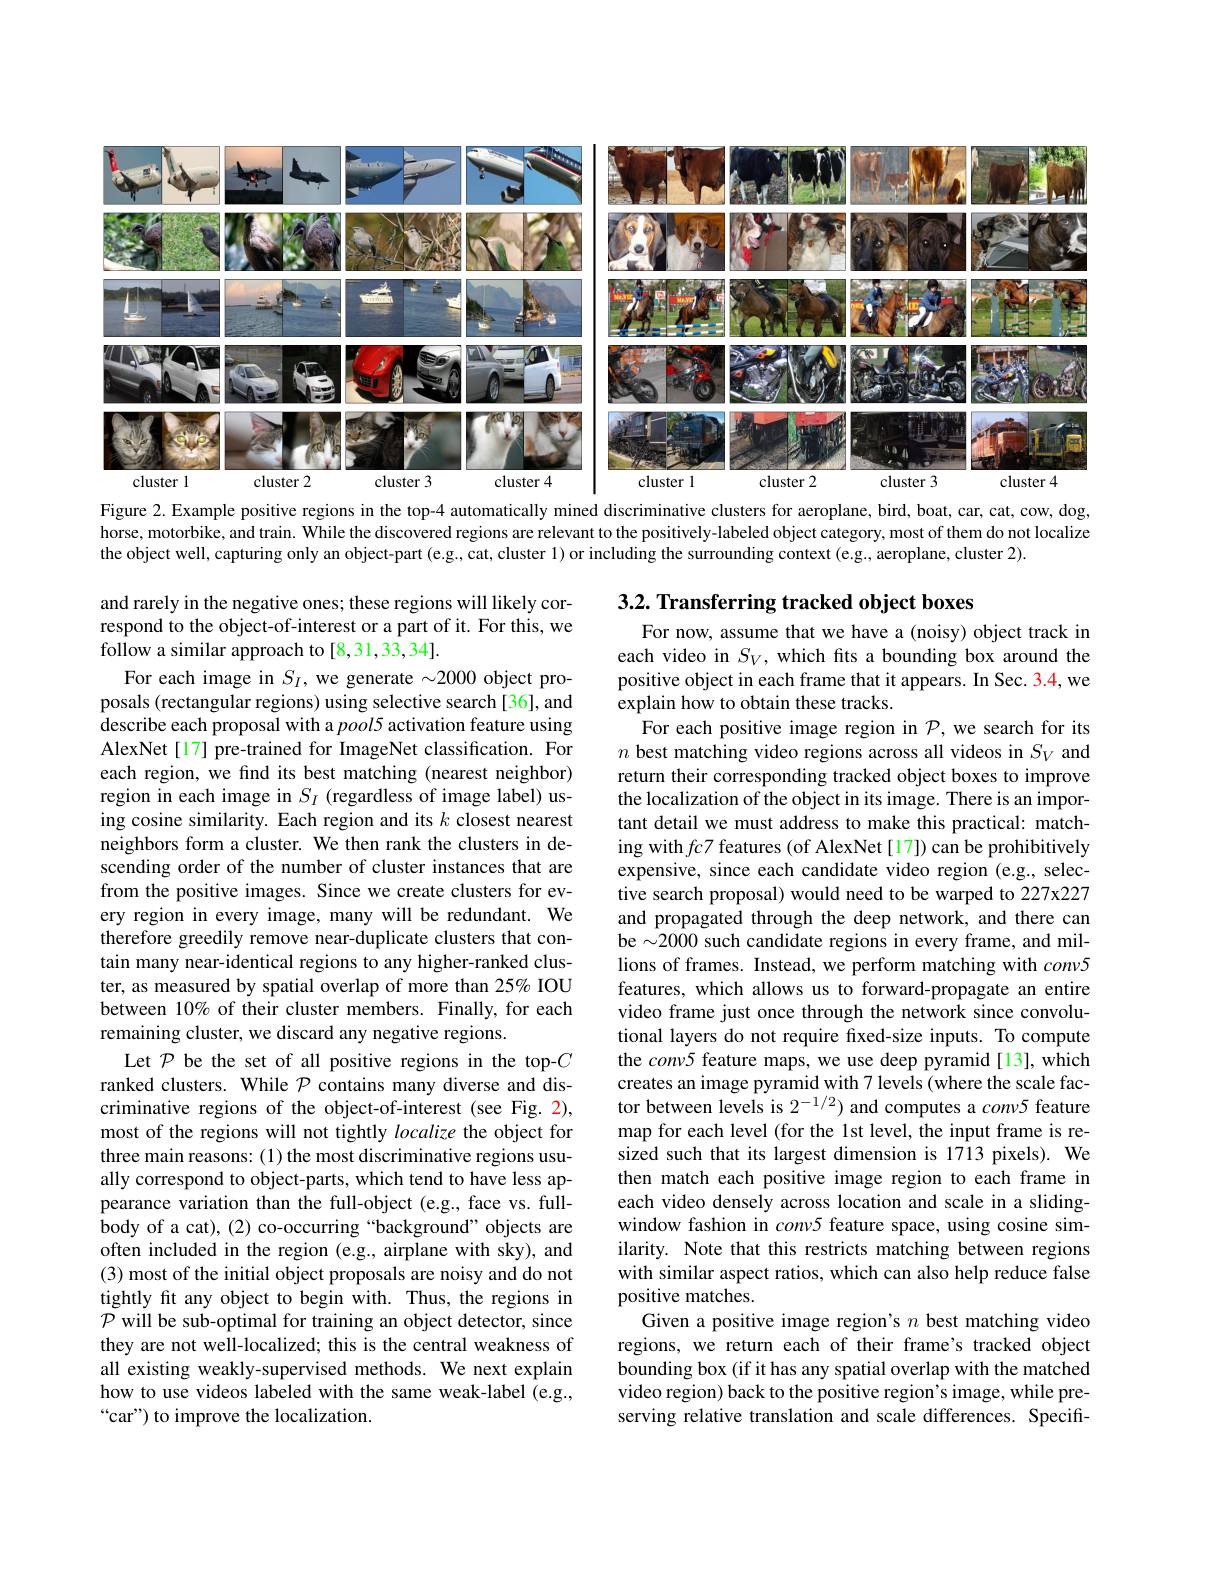
<FigureHere>
Figure 2. Example positive regions in the top-4 automatically mined discriminative clusters for aeroplane, bird, boat, car, cat, cow, dog,

horse, motorbike, and train. While the discovered regions are relevant to the positively-labeled object category, most of them do not localize
the object well, capturing only an object-part (e.g., cat, cluster 1) or including the surrounding context (e.g., aeroplane, cluster 2).

## $3. 2. \textbf{ Transferring tracked object boxes}$

and rarely in the negative ones; these regions will likely correspond to the object-of-interest or a part of it. For this, we follow a similar approach to [8,31,33,34].
For each image in $S_I$, we generate $\sim2000$ object proposals (rectangular regions) using selective search[36], and describe each proposal with a $pool5$ activation feature using AlexNet[17] pre-trained for ImageNet classification. For each region, we find its best matching (nearest neighbor) region in each image in $S_I$ (regardless of image label) using cosine similarity. Each region and its $k$ closest nearest neighbors form a cluster. We then rank the clusters in descending order of the number of cluster instances that are from the positive images. Since we create clusters for every region in every image, many will be redundant. We therefore greedily remove near-duplicate clusters that contain many near-identical regions to any higher-ranked cluster, as measured by spatial overlap of more than 25% IOU between $10\%$ of their cluster members. Finally, for each remaining cluster, we discard any negative regions.
Let $\mathcal{P}$ be the set of all positive regions in the top-$C$ ranked clusters. While $\mathcal{P}$ contains many diverse and discriminative regions of the object-of-interest (see Fig. 2), most of the regions will not tightly localize the object for three main reasons: (1) the most discriminative regions usually correspond to object-parts, which tend to have less appearance variation than the full-object (e.g., face vs. fullbody of a cat), (2) co-occurring “background” objects are often included in the region (e.g., airplane with sky), and (3) most of the initial object proposals are noisy and do not tightly fit any object to begin with. Thus, the regions in $\mathcal{P}$ will be sub-optimal for training an object detector, since they are not well-localized; this is the central weakness of all existing weakly-supervised methods. We next explain how to use videos labeled with the same weak-label (e.g., “car”) to improve the localization.

For now, assume that we have a (noisy) object track in each video in $S_V$, which fits a bounding box around the positive object in each frame that it appears. In Sec. 3.4, we explain how to obtain these tracks.
For each positive image region in $\mathcal{P}$,we search for its $n$ best matching video regions across all videos in $S_V$ and return their corresponding tracked object boxes to improve the localization of the object in its image. There is an important detail we must address to make this practical: matching with$fc7$ features (of AlexNet[17]) can be prohibitively expensive, since each candidate video region (e.g., selective search proposal) would need to be warped to 227x227 and propagated through the deep network, and there can be $\sim2000$ such candidate regions in every frame, and millions of frames. Instead, we perform matching with $conv5$ features, which allows us to forward-propagate an entire video frame just once through the network since convolutional layers do not require fxed-size inputs. To compute the conv5 feature maps, we use deep pyramid[13], which creates an image pyramid with 7 levels (where the scale factor between levels is $2^{-1/2})$ and computes a $conv5$ feature map for each level (for the 1st level, the input frame is resized such that its largest dimension is 1713 pixels). We then match each positive image region to each frame in each video densely across location and scale in a slidingwindow fashion in conv5 feature space, using cosine similarity. Note that this restricts matching between regions with similar aspect ratios, which can also help reduce false positive matches.
Given a positive image region's $n$ best matching video regions, we return each of their frame's tracked object bounding box (if it has any spatial overlap with the matched video region) back to the positive region's image, while preserving relative translation and scale differences. Specifi-